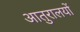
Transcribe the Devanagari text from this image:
आतुरालयों